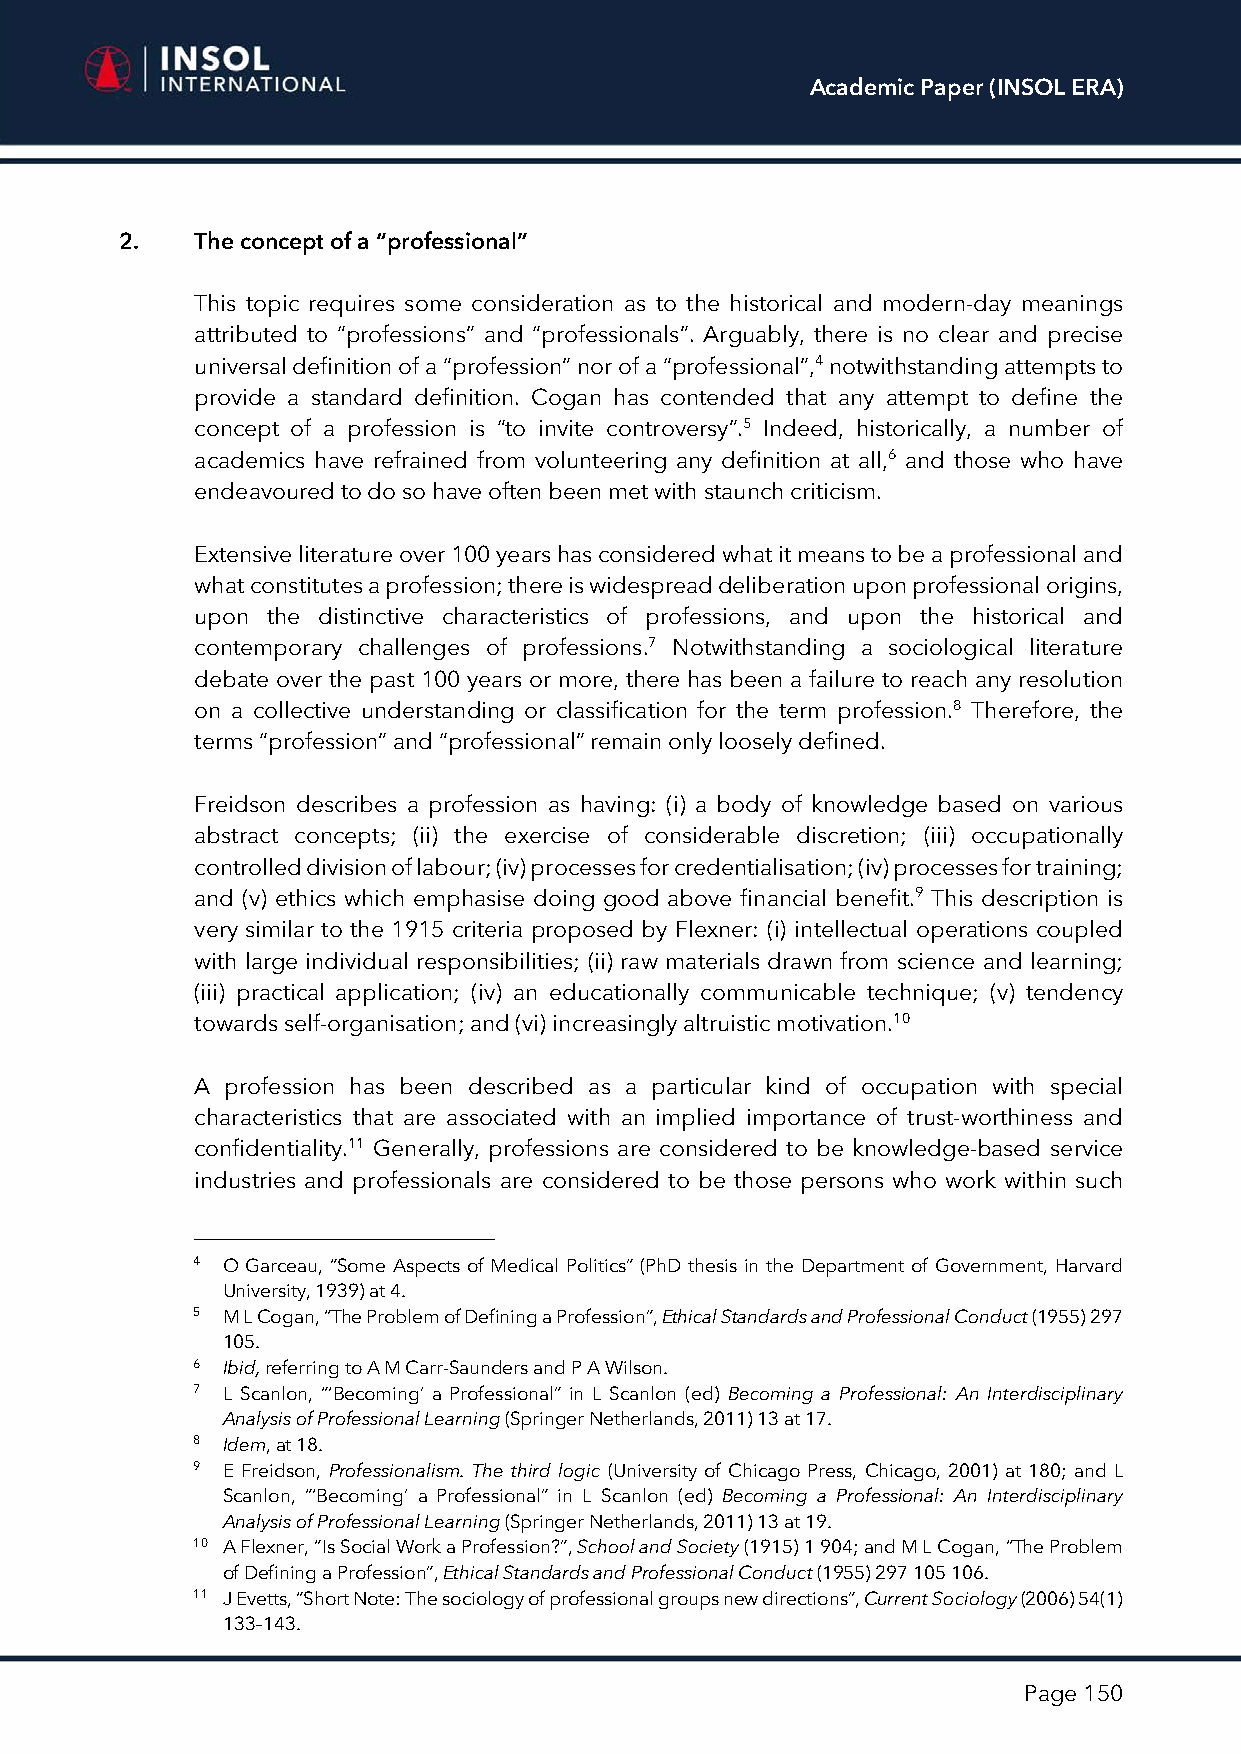
Academic Paper (INSOL ERA)
 2.   The concept of a “professional”
 This topic requires some consideration as to the historical and modern-day meanings
 attributed to “professions” and “professionals”. Arguably, there is no clear and precise
 universal definition of a “profession” nor of a “professional”,4 notwithstanding attempts to
 provide a standard definition. Cogan has contended that any attempt to define the
 concept of a profession is “to invite controversy”.5 Indeed, historically, a number of
 academics have refrained from volunteering any definition at all,6 and those who have
 endeavoured to do so have often been met with staunch criticism.
 Extensive literature over 100 years has considered what it means to be a professional and
 what constitutes a profession; there is widespread deliberation upon professional origins,
 upon the distinctive characteristics of professions, and upon the historical and
 contemporary challenges of professions.7 Notwithstanding a sociological literature
 debate over the past 100 years or more, there has been a failure to reach any resolution
 on a collective understanding or classification for the term profession.8 Therefore, the
 terms “profession” and “professional” remain only loosely defined.
 Freidson describes a profession as having: (i) a body of knowledge based on various
 abstract concepts; (ii) the exercise of considerable discretion; (iii) occupationally
 controlled division of labour; (iv) processes for credentialisation; (iv) processes for training;
 and (v) ethics which emphasise doing good above financial benefit.9 This description is
 very similar to the 1915 criteria proposed by Flexner: (i) intellectual operations coupled
 with large individual responsibilities; (ii) raw materials drawn from science and learning;
 (iii) practical application; (iv) an educationally communicable technique; (v) tendency
 towards self-organisation; and (vi) increasingly altruistic motivation.10
 A profession has been described as a particular kind of occupation with special
 characteristics that are associated with an implied importance of trust-worthiness and
 confidentiality.11 Generally, professions are considered to be knowledge-based service
 industries and professionals are considered to be those persons who work within such
 4 O Garceau, “Some Aspects of Medical Politics” (PhD thesis in the Department of Government, Harvard
 University, 1939) at 4.
 5 M L Cogan, “The Problem of Defining a Profession”, Ethical Standards and Professional Conduct (1955) 297
 105.
 6 Ibid, referring to A M Carr-Saunders and P A Wilson.
 7 L Scanlon, “‘Becoming’ a Professional” in L Scanlon (ed) Becoming a Professional: An Interdisciplinary
 Analysis of Professional Learning (Springer Netherlands, 2011) 13 at 17.
 8 Idem, at 18.
 9 E Freidson, Professionalism. The third logic (University of Chicago Press, Chicago, 2001) at 180; and L
 Scanlon, “‘Becoming’ a Professional” in L Scanlon (ed) Becoming a Professional: An Interdisciplinary
 Analysis of Professional Learning (Springer Netherlands, 2011) 13 at 19.
 10 A Flexner, “Is Social Work a Profession?”, School and Society (1915) 1 904; and M L Cogan, “The Problem
 of Defining a Profession”, Ethical Standards and Professional Conduct (1955) 297 105 106.
 11 J Evetts, “Short Note: The sociology of professional groups new directions”, Current Sociology (2006) 54(1)
 133–143.
 Page 150